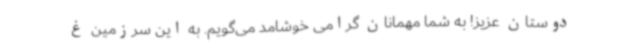
دوستان عزیز! به شما مهمانان گرامی خوشامد می‌گویم. به این سرزمین غ